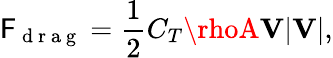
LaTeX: \mathsf{F}_{\mathrm{{~d~r~a~g~}}}=\frac{{1}}{{2}}C_{T}\rhoA\mathbf{{V}}\lvert\mathbf{{V}}\rvert,